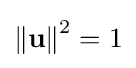
\left\Vert \mathbf {u} \right\Vert ^{2}=1